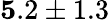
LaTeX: {\mathbf 5.2\pm 1.3}